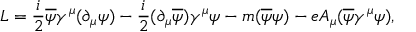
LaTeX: { \cal L } = { \frac { i } { 2 } } \overline { { { \psi } } } \gamma ^ { \mu } ( \partial _ { \mu } \psi ) - { \frac { i } { 2 } } ( \partial _ { \mu } \overline { { { \psi } } } ) \gamma ^ { \mu } \psi - m ( \overline { { { \psi } } } \psi ) - e A _ { \mu } ( \overline { { { \psi } } } \gamma ^ { \mu } \psi ) ,